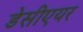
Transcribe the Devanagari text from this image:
डेसीएयर